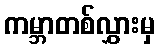
ကမ္ဘာတစ်လွှားမှ